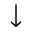
\downarrow